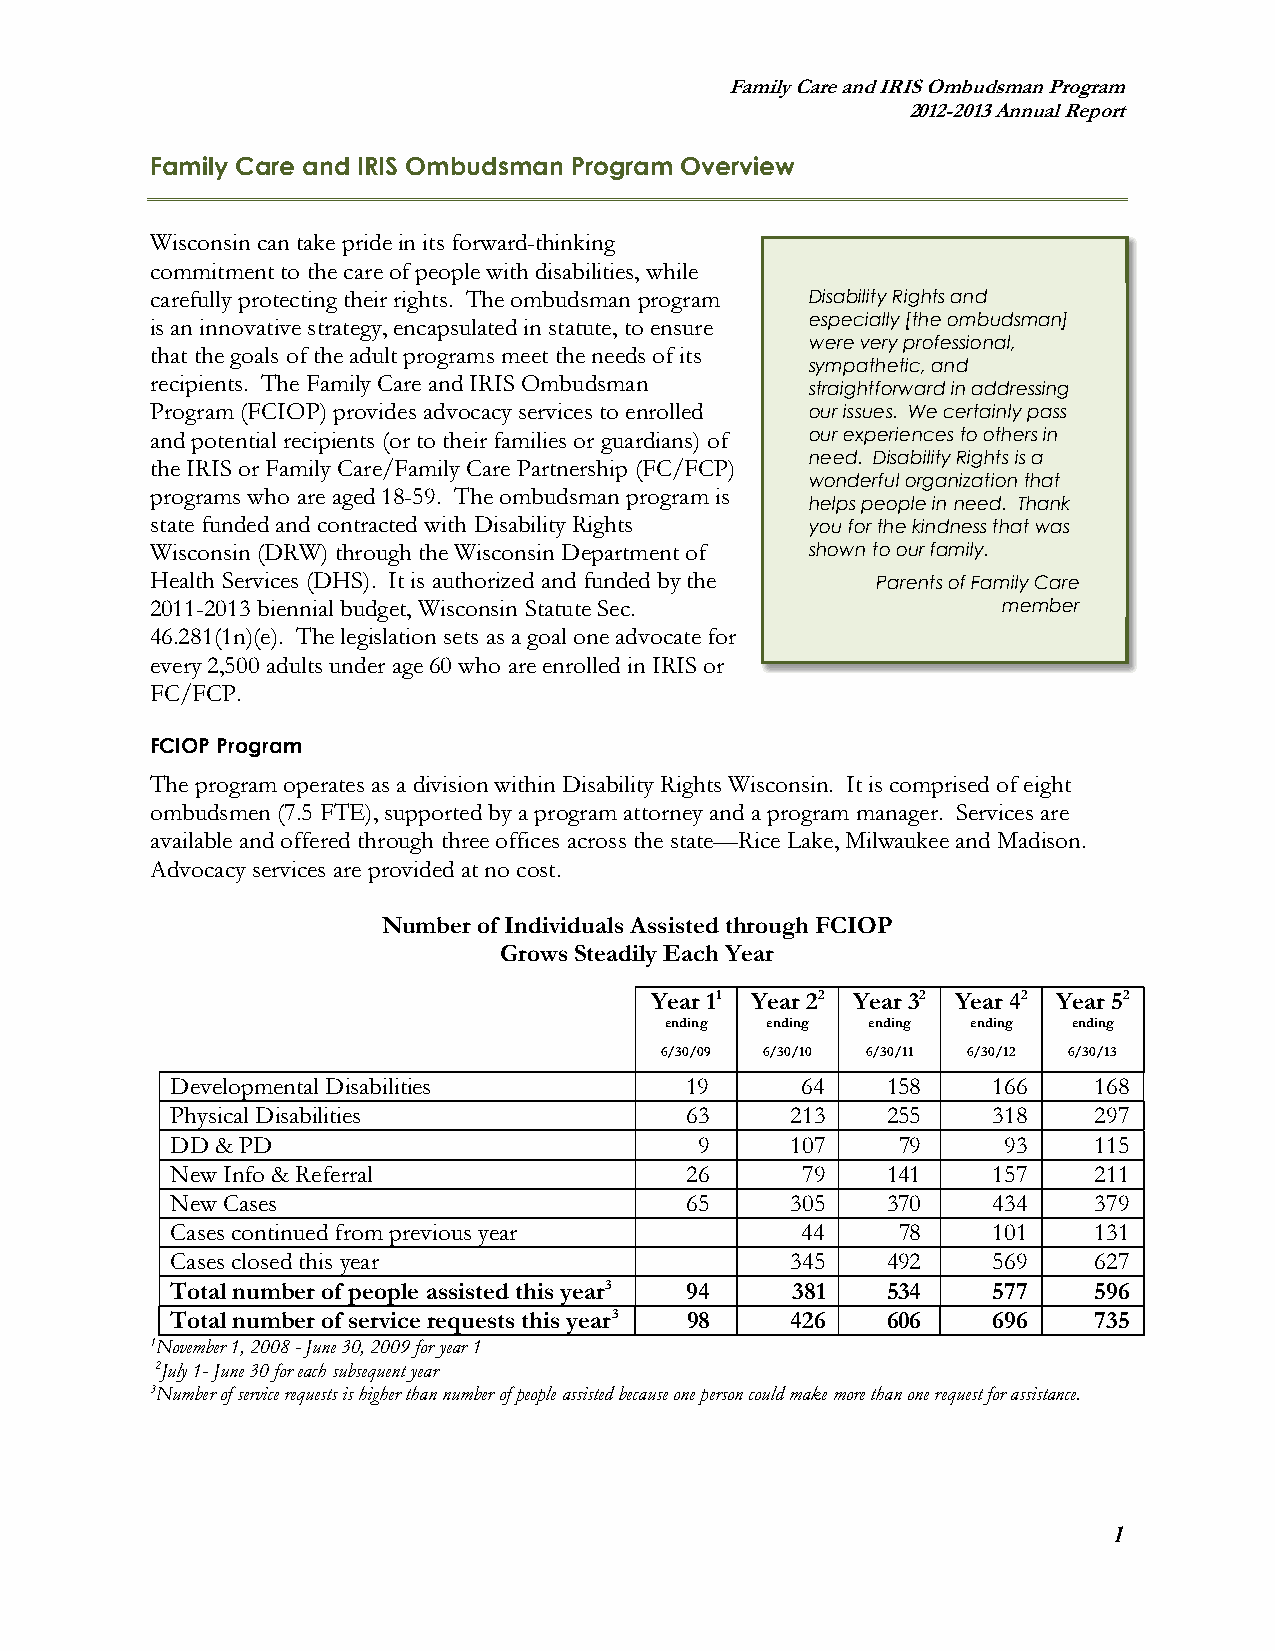
Family Care and IRIS Ombudsman Program
 2012-2013 Annual Report
 Family Care and IRIS Ombudsman Program Overview
 Wisconsin can take pride in its forward-thinking
 commitment to the care of people with disabilities, while
 carefully protecting their rights. The ombudsman program Disability Rights and
 is an innovative strategy, encapsulated in statute, to ensure especially [the ombudsman]
 were very professional,
 that the goals of the adult programs meet the needs of its
 sympathetic, and
 recipients. The Family Care and IRIS Ombudsman
 straightforward in addressing
 Program (FCIOP) provides advocacy services to enrolled our issues. We certainly pass
 and potential recipients (or to their families or guardians) of our experiences to others in
 need. Disability Rights is a
 the IRIS or Family Care/Family Care Partnership (FC/FCP)
 wonderful organization that
 programs who are aged 18-59. The ombudsman program is
 helps people in need. Thank
 state funded and contracted with Disability Rights you for the kindness that was
 Wisconsin (DRW) through the Wisconsin Department of shown to our family.
 Health Services (DHS). It is authorized and funded by the Parents of Family Care
 2011-2013 biennial budget, Wisconsin Statute Sec.       member
 46.281(1n)(e). The legislation sets as a goal one advocate for
 every 2,500 adults under age 60 who are enrolled in IRIS or
 FC/FCP.
 FCIOP Program
 The program operates as a division within Disability Rights Wisconsin. It is comprised of eight
 ombudsmen (7.5 FTE), supported by a program attorney and a program manager. Services are
 available and offered through three offices across the state—Rice Lake, Milwaukee and Madison.
 Advocacy services are provided at no cost.
 Number of Individuals Assisted through FCIOP
 Grows Steadily Each Year
 Year 11 Year 22 Year 32 Year 42 Year 52
 ending ending ending ending ending
 6/30/09 6/30/10 6/30/11 6/30/12 6/30/13
 Developmental Disabilities        19      64    158    166   168
 Physical Disabilities             63     213    255    318   297
 DD & PD                            9     107     79     93   115
 New Info & Referral               26      79    141    157   211
 New Cases                         65     305    370    434   379
 Cases continued from previous year        44     78    101   131
 Cases closed this year                   345    492    569   627
 Total number of people assisted this year3 94 381 534  577   596
 Total number of service requests this year3 98 426 606 696   735
 1November 1, 2008 - June 30, 2009 for year 1
 2July 1- June 30 for each subsequent year
 3Number of service requests is higher than number of people assisted because one person could make more than one request for assistance.
 1